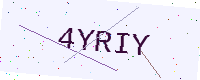
Text: 4YRIY